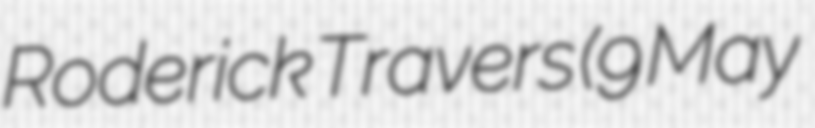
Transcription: Roderick Travers (9 May